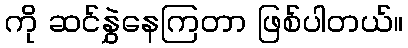
ကို ဆင်နွှဲနေကြတာ ဖြစ်ပါတယ်။